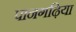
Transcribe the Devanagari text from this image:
पानगढ़िया